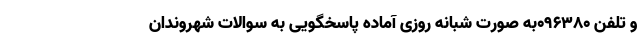
و تلفن ۰۹۶۳۸۰به صورت شبانه روزی آماده پاسخگویی به سوالات شهروندان